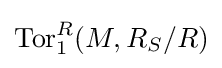
\operatorname {Tor} _{1}^{R}(M,R_{S}/R)